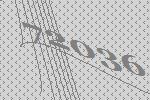
72036